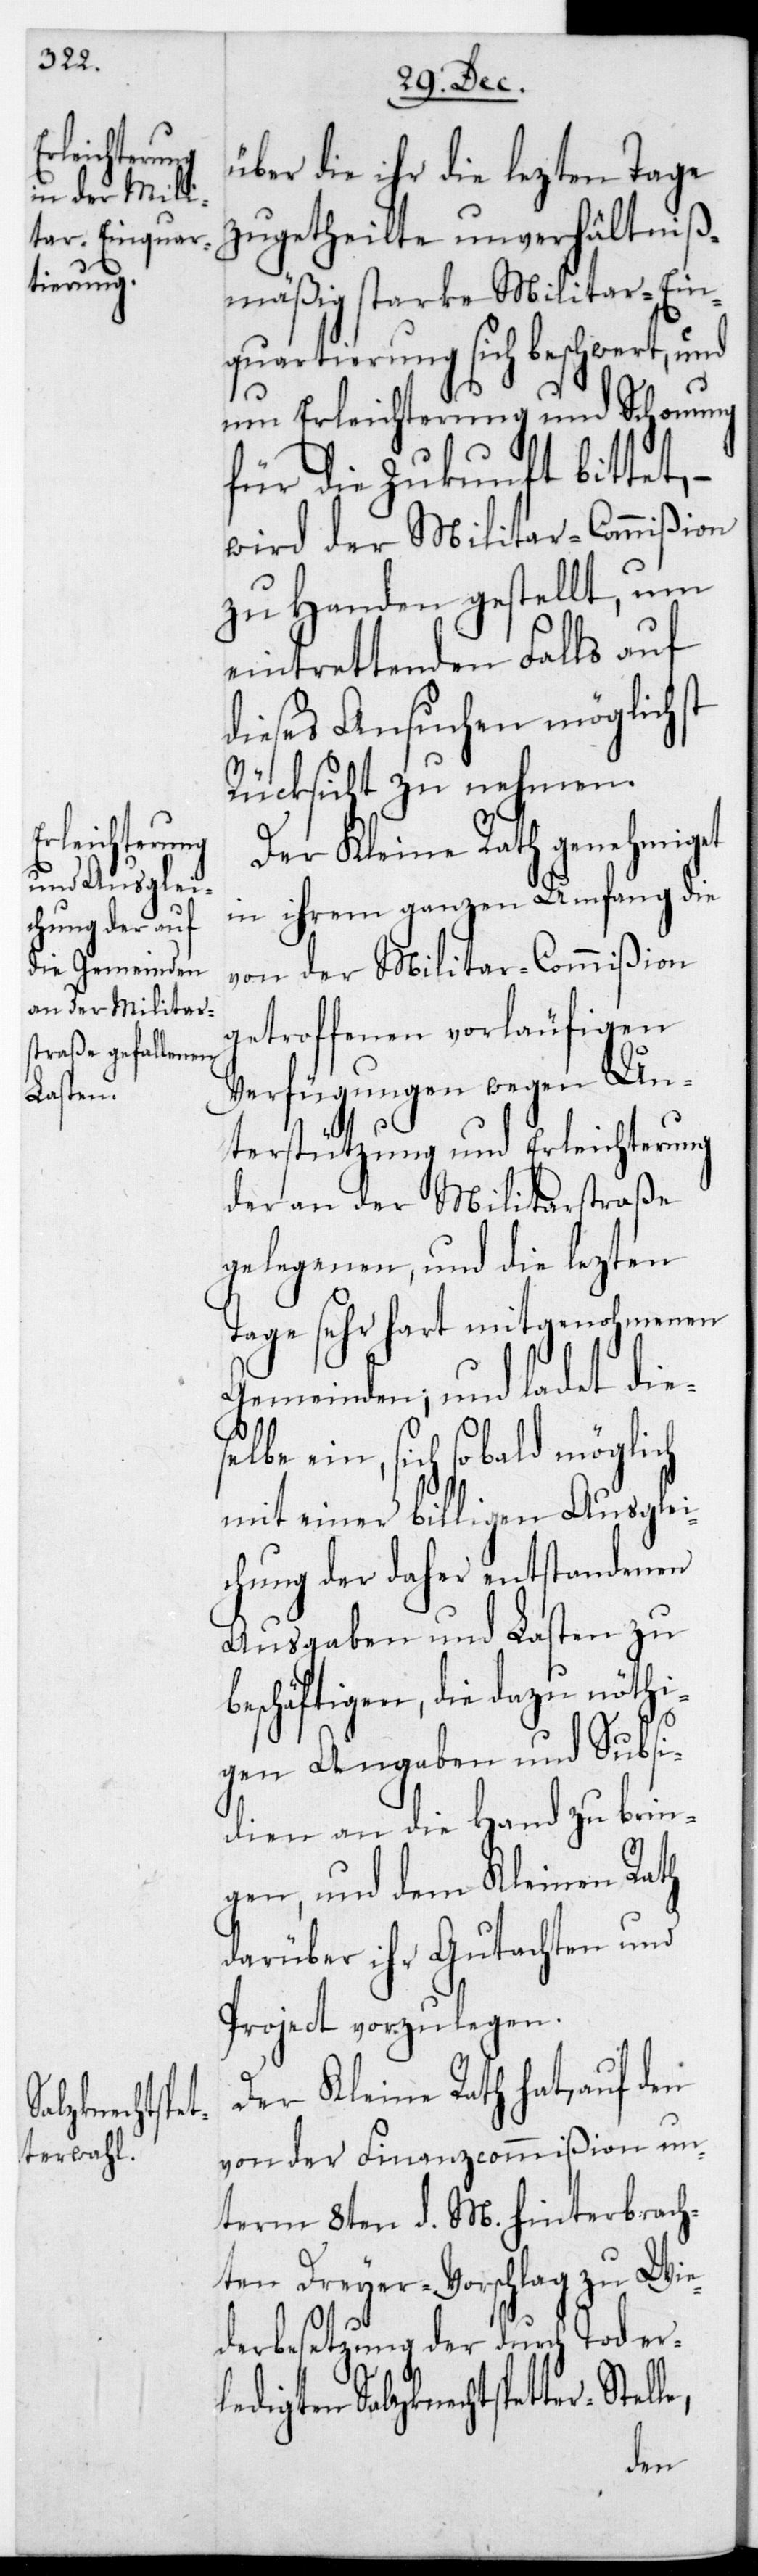
über die ihr die lezten Tage
zugetheilte unverhältniß¬
mäßig starke Militar-Ein¬
quartierung sich beschwert, und
um Erleichterung und Schonung
für die Zukunft bittet,
wird der Militar-Commißion
zu Handen gestellt, um
eintrettenden Falls auf
dieses Ansuchen möglichst
Rücksicht zu nehmen.
Der Kleine Rath genehmiget
in ihrem ganzen Umfang die
von der Militar-Commißion
getroffenen vorläufigen
Verfügungen wegen Un¬
terstützung und Erleichterung
der an der Militarstraße
gelegenen, und die lezten
Tage sehr hart mitgenohmenen
Gemeinden; und ladet die¬
selbe ein, sich sobald möglich
mit einer billigen Ausglei¬
chung der daher entstandenen
Ausgaben und Lasten zu
schäftigen, die dazu nöthi¬
gen Angaben und Subsi¬
dien an die Hand zu brin¬
gen, und dem Kleinen Rath
darüber ihr Gutachten und
Project vorzulegen.
Der Kleine Rath hat, auf den
von der Finanzcommißion un¬
term 8ten d. M. hinterbrach¬
ten Dreyervorschlag zu Wie¬
derbesetzung der durch Tod erl¬
edigten Salzknechtspetter-Stel¬
le,